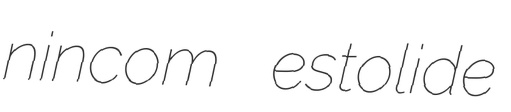
nincom estolide